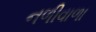
નળીવાળા